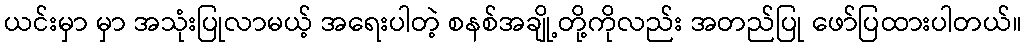
ယင်းမှာ မှာ အသုံးပြုလာမယ့် အရေးပါတဲ့ စနစ်အချို့တို့ကိုလည်း အတည်ပြု ဖော်ပြထားပါတယ်။